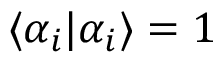
\langle \alpha _ { i } | \alpha _ { i } \rangle = 1